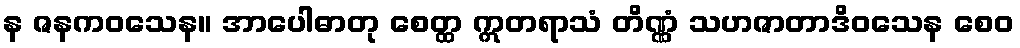
န ဇနကဝသေန။ အာပေါဓာတု စေတ္ထ ဣတရာသံ တိဏ္ဏံ သဟဇာတာဒိဝသေန စေဝ